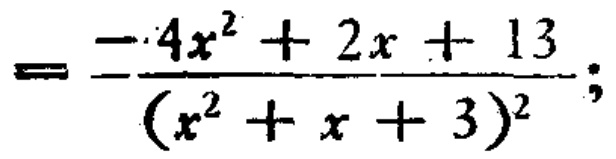
\[=\frac{-4x^{2}+2x + 13}{(x^{2}+x + 3)^{2}};\]